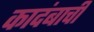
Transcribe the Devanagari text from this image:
कादंबाची